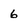
Character: 6